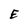
Character: E